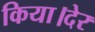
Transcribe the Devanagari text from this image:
किया।देर